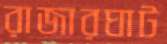
রাজারঘাট